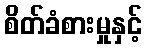
စိတ်ခံစားမှုနှင့်